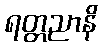
ရတ္တညာနိ